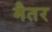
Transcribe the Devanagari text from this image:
मैतर